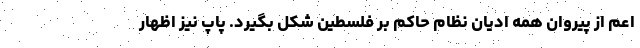
اعم از پیروان همه ادیان نظام حاکم بر فلسطین شکل بگیرد. پاپ نیز اظهار